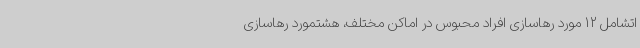
اتشامل 12 مورد رهاسازی افراد محبوس در اماکن مختلف، هشتمورد رهاسازی